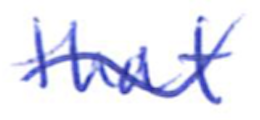
Text: that
Cross-out: wave
Writing tool: ballpoint